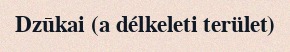
Dzūkai (a délkeleti terület)